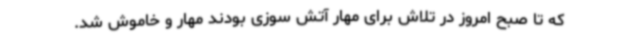
که تا صبح امروز در تلاش برای مهار آتش سوزی بودند مهار و خاموش شد.